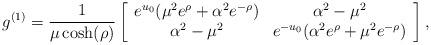
LaTeX: \begin{align*}g^{(1)}=\frac{1}{\mu \cosh(\rho)}\left[\begin{array}{cc}e^{u_0}(\mu^2e^{\rho}+\alpha^2e^{-\rho}) & \alpha^2-\mu^2\\\alpha^2-\mu^2 & e^{-u_0}(\alpha^2e^{\rho}+\mu^2e^{-\rho})\end{array} \right],\end{align*}